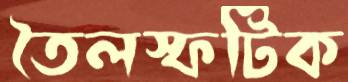
তৈলস্ফটিক